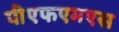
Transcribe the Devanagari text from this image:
पीएफएमएस